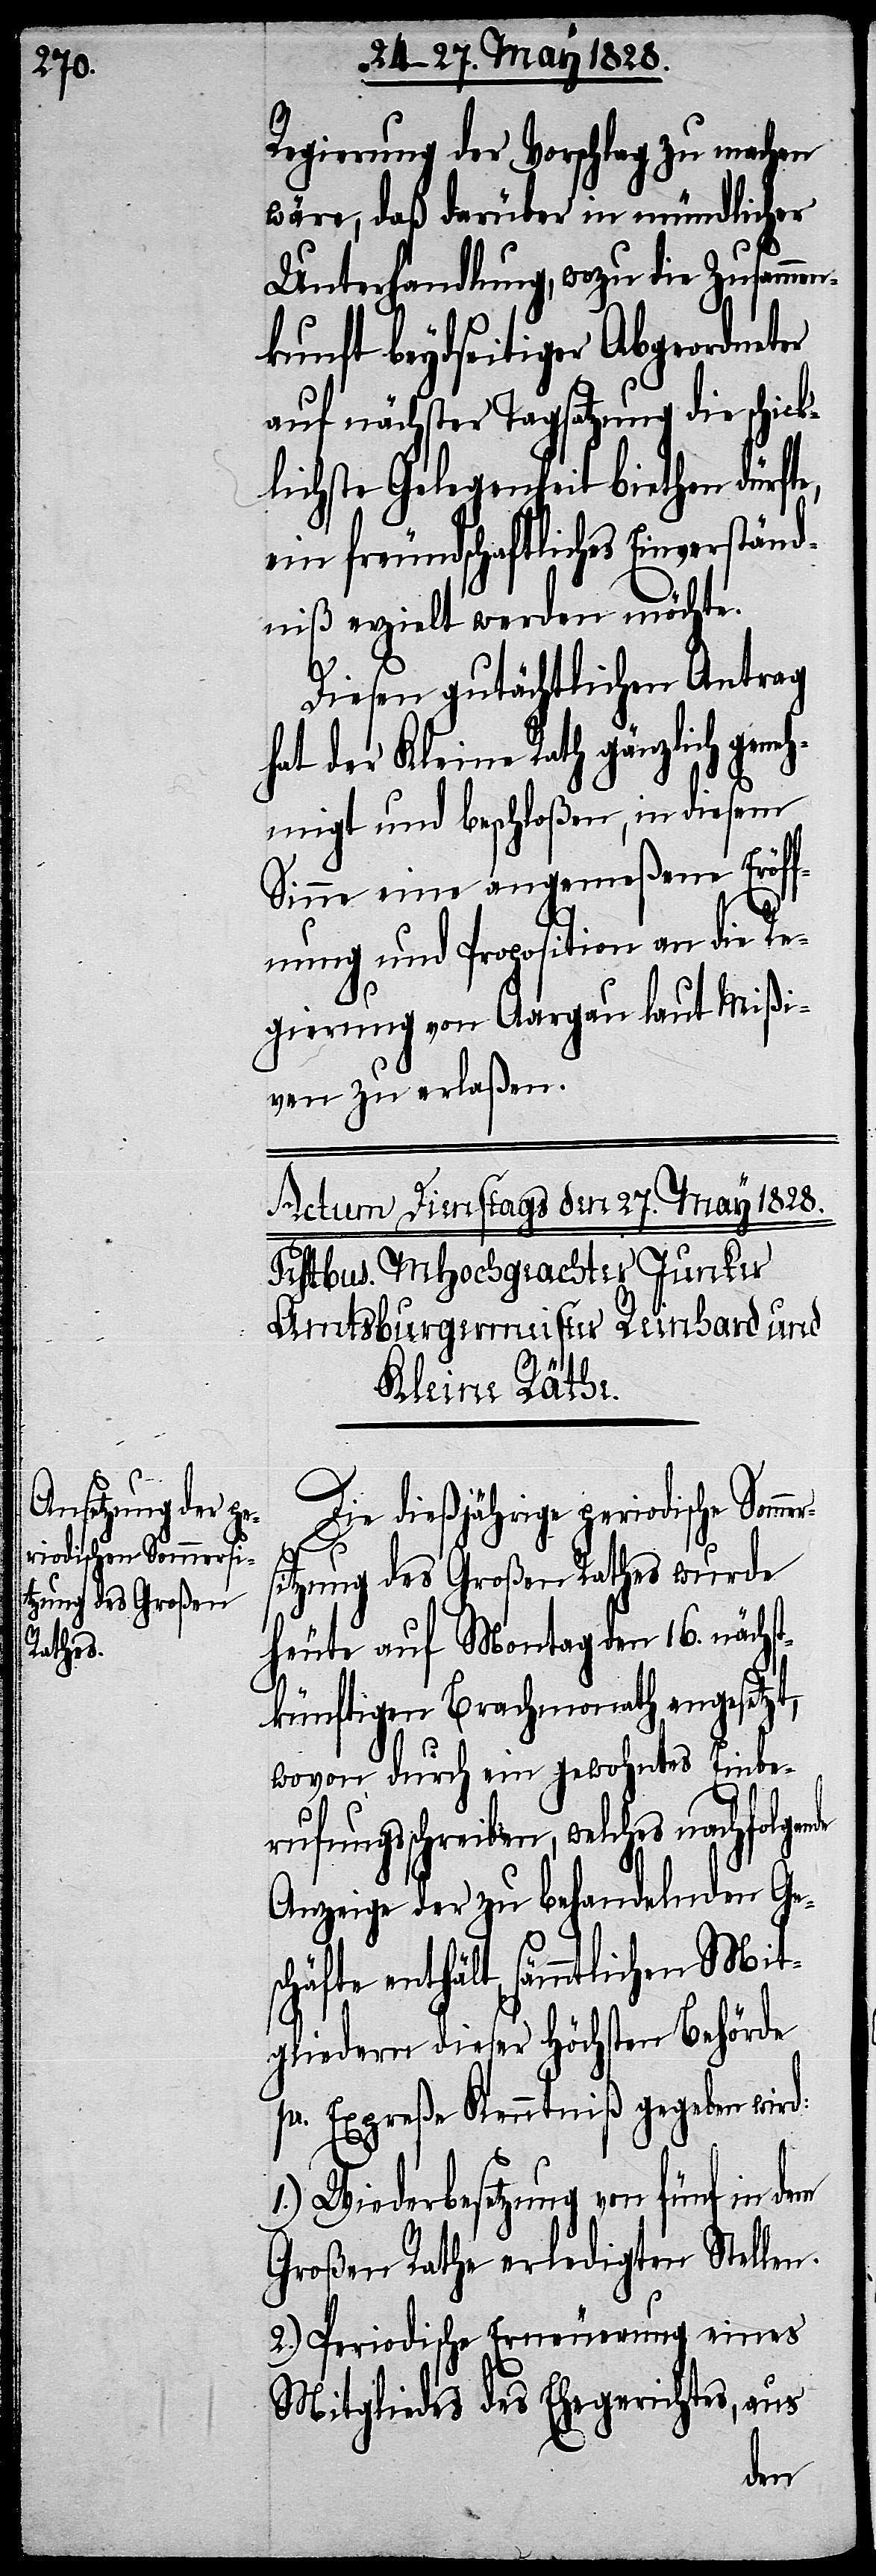
Regierung der Vorschlag zu machen
wäre, daß darüber in mündlicher
Unterhandlung, wozu die Zusammen¬
kunft beydseitiger Abgeordneter
auf nächster Tagsatzung die schick¬
lichste Gelegenheit biethen dürfte,
ein freundschaftliches Einverständ¬
niß erzielt werden möchte.
Diesen gutächtlichen Antrag
hat der Kleine Rath gänzlich gene¬
hmigt und beschloßen, in diesem
Sinne eine angemeßene Eröff¬
nung und Proposition an die Re¬
gierung von Aargau laut Mißi¬
ven zu erlaßen.
Die dießjährige periodische Somm¬
sitzung des Großen Rathes wurde
heute auf Montag den 16. nächst¬
künftigen Brachmonath angesetzt,
wovon durch ein gewohntes Einbe¬
rufungsschreiben, welches nachfolgen¬
Anzeige der zu behandelnden Ges¬
chäfte enthält, sämmtlichen Mit¬
gliedern dieser Höchsten Behörde
pr. Expreße Kenntniß gegeben wird:
1.) Wiederbesetzung von fünf in dem
Großen Rath erledigten Stellen.
2.) Periodische Erneuerung eines
Mitgliedes des Ehegerichtes, aus
de